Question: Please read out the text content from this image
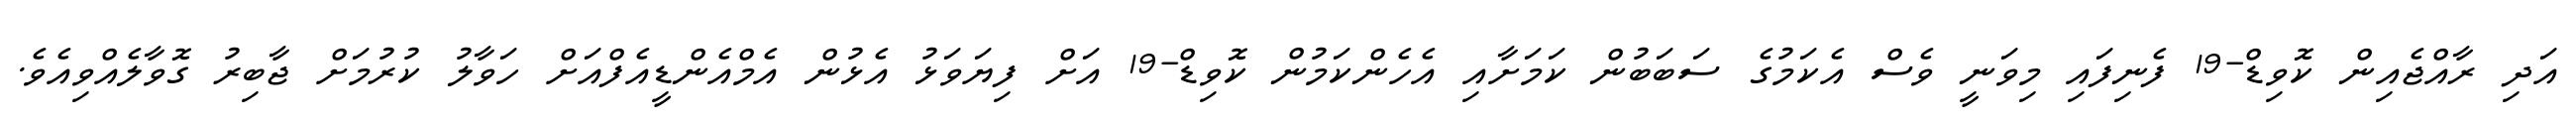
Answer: އަދި ރާއްޖެއިން ކޮވިޑް-19 ފެނިފައި މިވަނީ ވެސް އެކަމުގެ ސަބަބުން ކަމަށާއި އެހެންކަމުން ކޮވިޑް-19 އަށް ފިޔަވަޅު އެޅުން އެމްއެންޑީއެފްއަށް ހަވާލު ކުރުމަށް ޖާބިރު ގޮވާލެއްވިއެވެ.